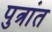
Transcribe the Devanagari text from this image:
पुत्रांत